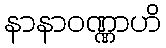
နာနာဝဏ္ဏာဟိ